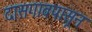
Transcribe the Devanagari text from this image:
दासगावपासून